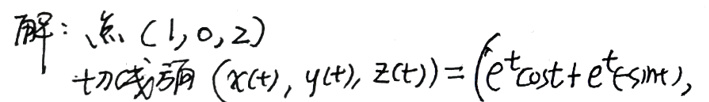
解：点$(1,0,2)$
切线方向$(x(t),y(t),z(t))=(e^{t}\cos t + e^{t}\sin t),$